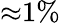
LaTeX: {\approx}1\%